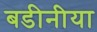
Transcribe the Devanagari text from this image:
बडीनीया